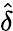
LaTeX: \hat{\delta}